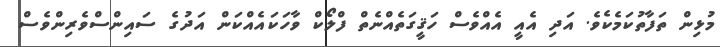
މުޅިން ތަފާތުކަމެކެވެ. އަދި އެއީ އެއްވެސް ހަޤީގަތެއްނެތް ފްލޯކް ވާހަކައެއްކަން އަދުގެ ސައިންސްވެރިންވެސް